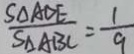
\frac { S _ { \Delta A D E } } { S _ { \Delta A B C } } = \frac { 1 } { 9 }